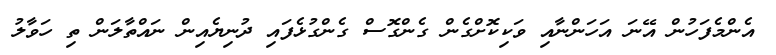
އެންމެފަހުން އޭނަ އަހަންނާއި ވަކިކޮށްގެން ގެންގޮސް ގެންގުޅެފައި ދުނިޔެއިން ނައްތާލަން ތި ހަވާލު